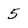
Character: 5